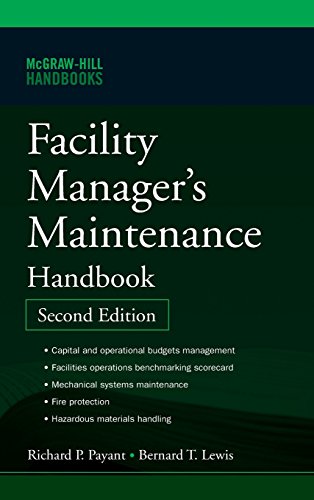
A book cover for Facility Manager's Maintenance Handbook; Bernard Lewis; Business & Money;